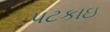
પટકાઇ